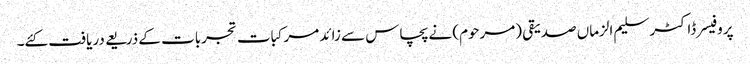
پروفیسر ڈاکٹر سلیم الزماں صدیقی (مرحوم) نے پچاس سے زائد مرکبات تجربات کے ذریعے دریافت کئے۔